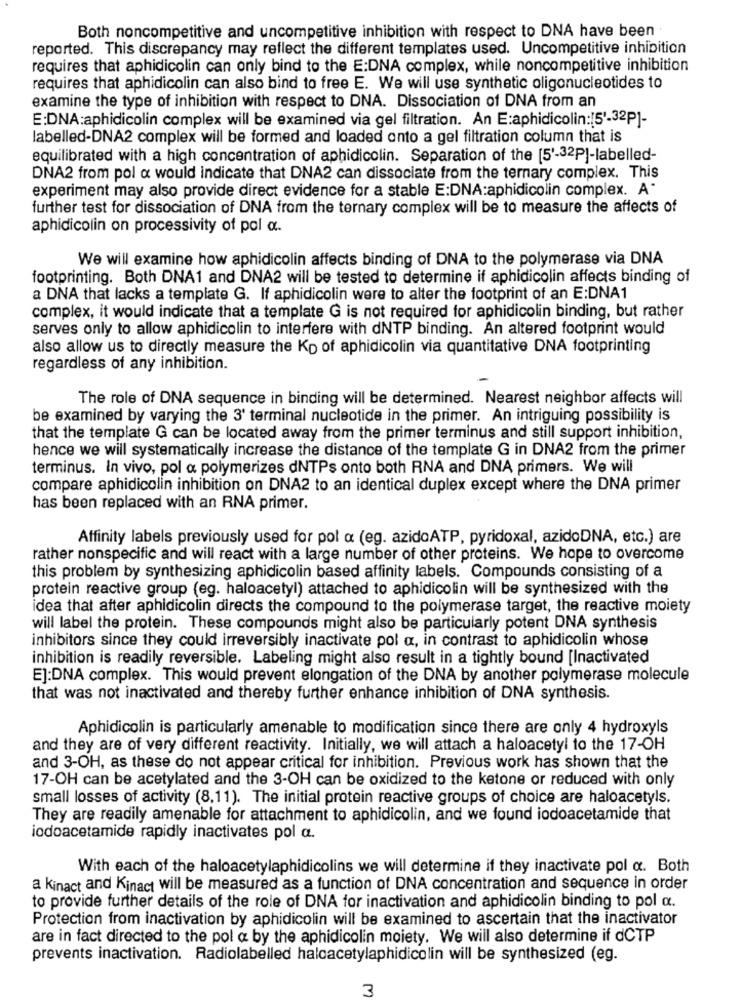
Both noncompetitive and uncompetitive inhibition with respect to DNA have been
reported. This discrepancy may reflect the different templates used. Uncompetitive inhibition
requires that aphidicolin can only bind to the E:DNA complex, while noncompetitive inhibition
requires that aphidicolin can also bind to free E. We will use synthetic oligonucleotides to
examine the type of inhibition with respect to DNA. Dissociation of DNA from an
E:DNA:aphidicolin complex will be examined via gel filtration. An E:aphidicolin:[51-32P]-
labelled-DNA2 complex will be formed and loaded onto a gel filtration column that is
equilibrated with a high concentration of aphidicolin. Separation of the [5'-32P]-labelled-
DNA2 from pol a would indicate that DNA2 can dissociate from the ternary complex. This
experiment may also provide direct evidence for a stable E:DNA:aphidicolin complex. A"
further test for dissociation of DNA from the ternary complex will be to measure the affects of
aphidicolin on processivity of pol a ..
We will examine how aphidicolin affects binding of DNA to the polymerase via DNA
footprinting. Both DNA1 and DNA2 will be tested to determine if aphidicolin affects binding of
a DNA that lacks a template G. If aphidicolin were to alter the footprint of an E:DNA1
complex, it would indicate that a template G is not required for aphidicolin binding, but rather
serves only to allow aphidicolin to interfere with dNTP binding. An altered footprint would
also allow us to directly measure the Kp of aphidicolin via quantitative DNA footprinting
regardless of any inhibition.
The role of DNA sequence in binding will be determined. Nearest neighbor affects will
be examined by varying the 3' terminal nucleotide in the primer. An intriguing possibility is
that the template G can be located away from the primer terminus and still support inhibition,
hence we will systematically increase the distance of the template G in DNA2 from the primer
terminus. In vivo, pol a polymerizes dNTPs onto both RNA and DNA primers. We will
compare aphidicolin inhibition on DNA2 to an identical duplex except where the DNA primer
has been replaced with an RNA primer.
Affinity labels previously used for pol a (eg. azidoATP, pyridoxal, azidoDNA, etc.) are
rather nonspecific and will react with a large number of other proteins. We hope to overcome
this problem by synthesizing aphidicolin based affinity labels. Compounds consisting of a
protein reactive group (eg. haloacetyl) attached to aphidicolin will be synthesized with the
idea that after aphidicolin directs the compound to the polymerase target, the reactive moiety
will label the protein. These compounds might also be particularly potent DNA synthesis
inhibitors since they could irreversibly inactivate pol a, in contrast to aphidicolin whose
inhibition is readily reversible. Labeling might also result in a tightly bound [Inactivated
E]:DNA complex. This would prevent elongation of the DNA by another polymerase molecule
that was not inactivated and thereby further enhance inhibition of DNA synthesis.
Aphidicolin is particularly amenable to modification since there are only 4 hydroxyls
and they are of very different reactivity. Initially, we will attach a haloacetyl to the 17-OH
and 3-OH, as these do not appear critical for inhibition. Previous work has shown that the
17-OH can be acetylated and the 3-OH can be oxidized to the ketone or reduced with only
small losses of activity (8,11). The initial protein reactive groups of choice are haloacetyls.
They are readily amenable for attachment to aphidicolin, and we found iodoacetamide that
iodoacetamide rapidly inactivates pol a.
With each of the haloacetylaphidicolins we will determine if they inactivate pol a. Both
a Kinact and Kinact will be measured as a function of DNA concentration and sequence in order
to provide further details of the role of DNA for inactivation and aphidicolin binding to pol a.
Protection from inactivation by aphidicolin will be examined to ascertain that the inactivator
are in fact directed to the pol a by the aphidicolin moiety. We will also determine if dCTP
prevents inactivation. Radiolabelled haloacetylaphidicolin will be synthesized (eg.
3